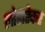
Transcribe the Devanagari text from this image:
लोहारेकर